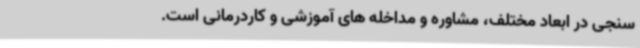
سنجی در ابعاد مختلف، مشاوره و مداخله های آموزشی و کاردرمانی است.